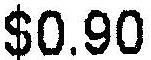
$0.90